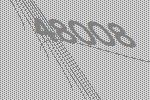
48008